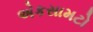
એકસામટો